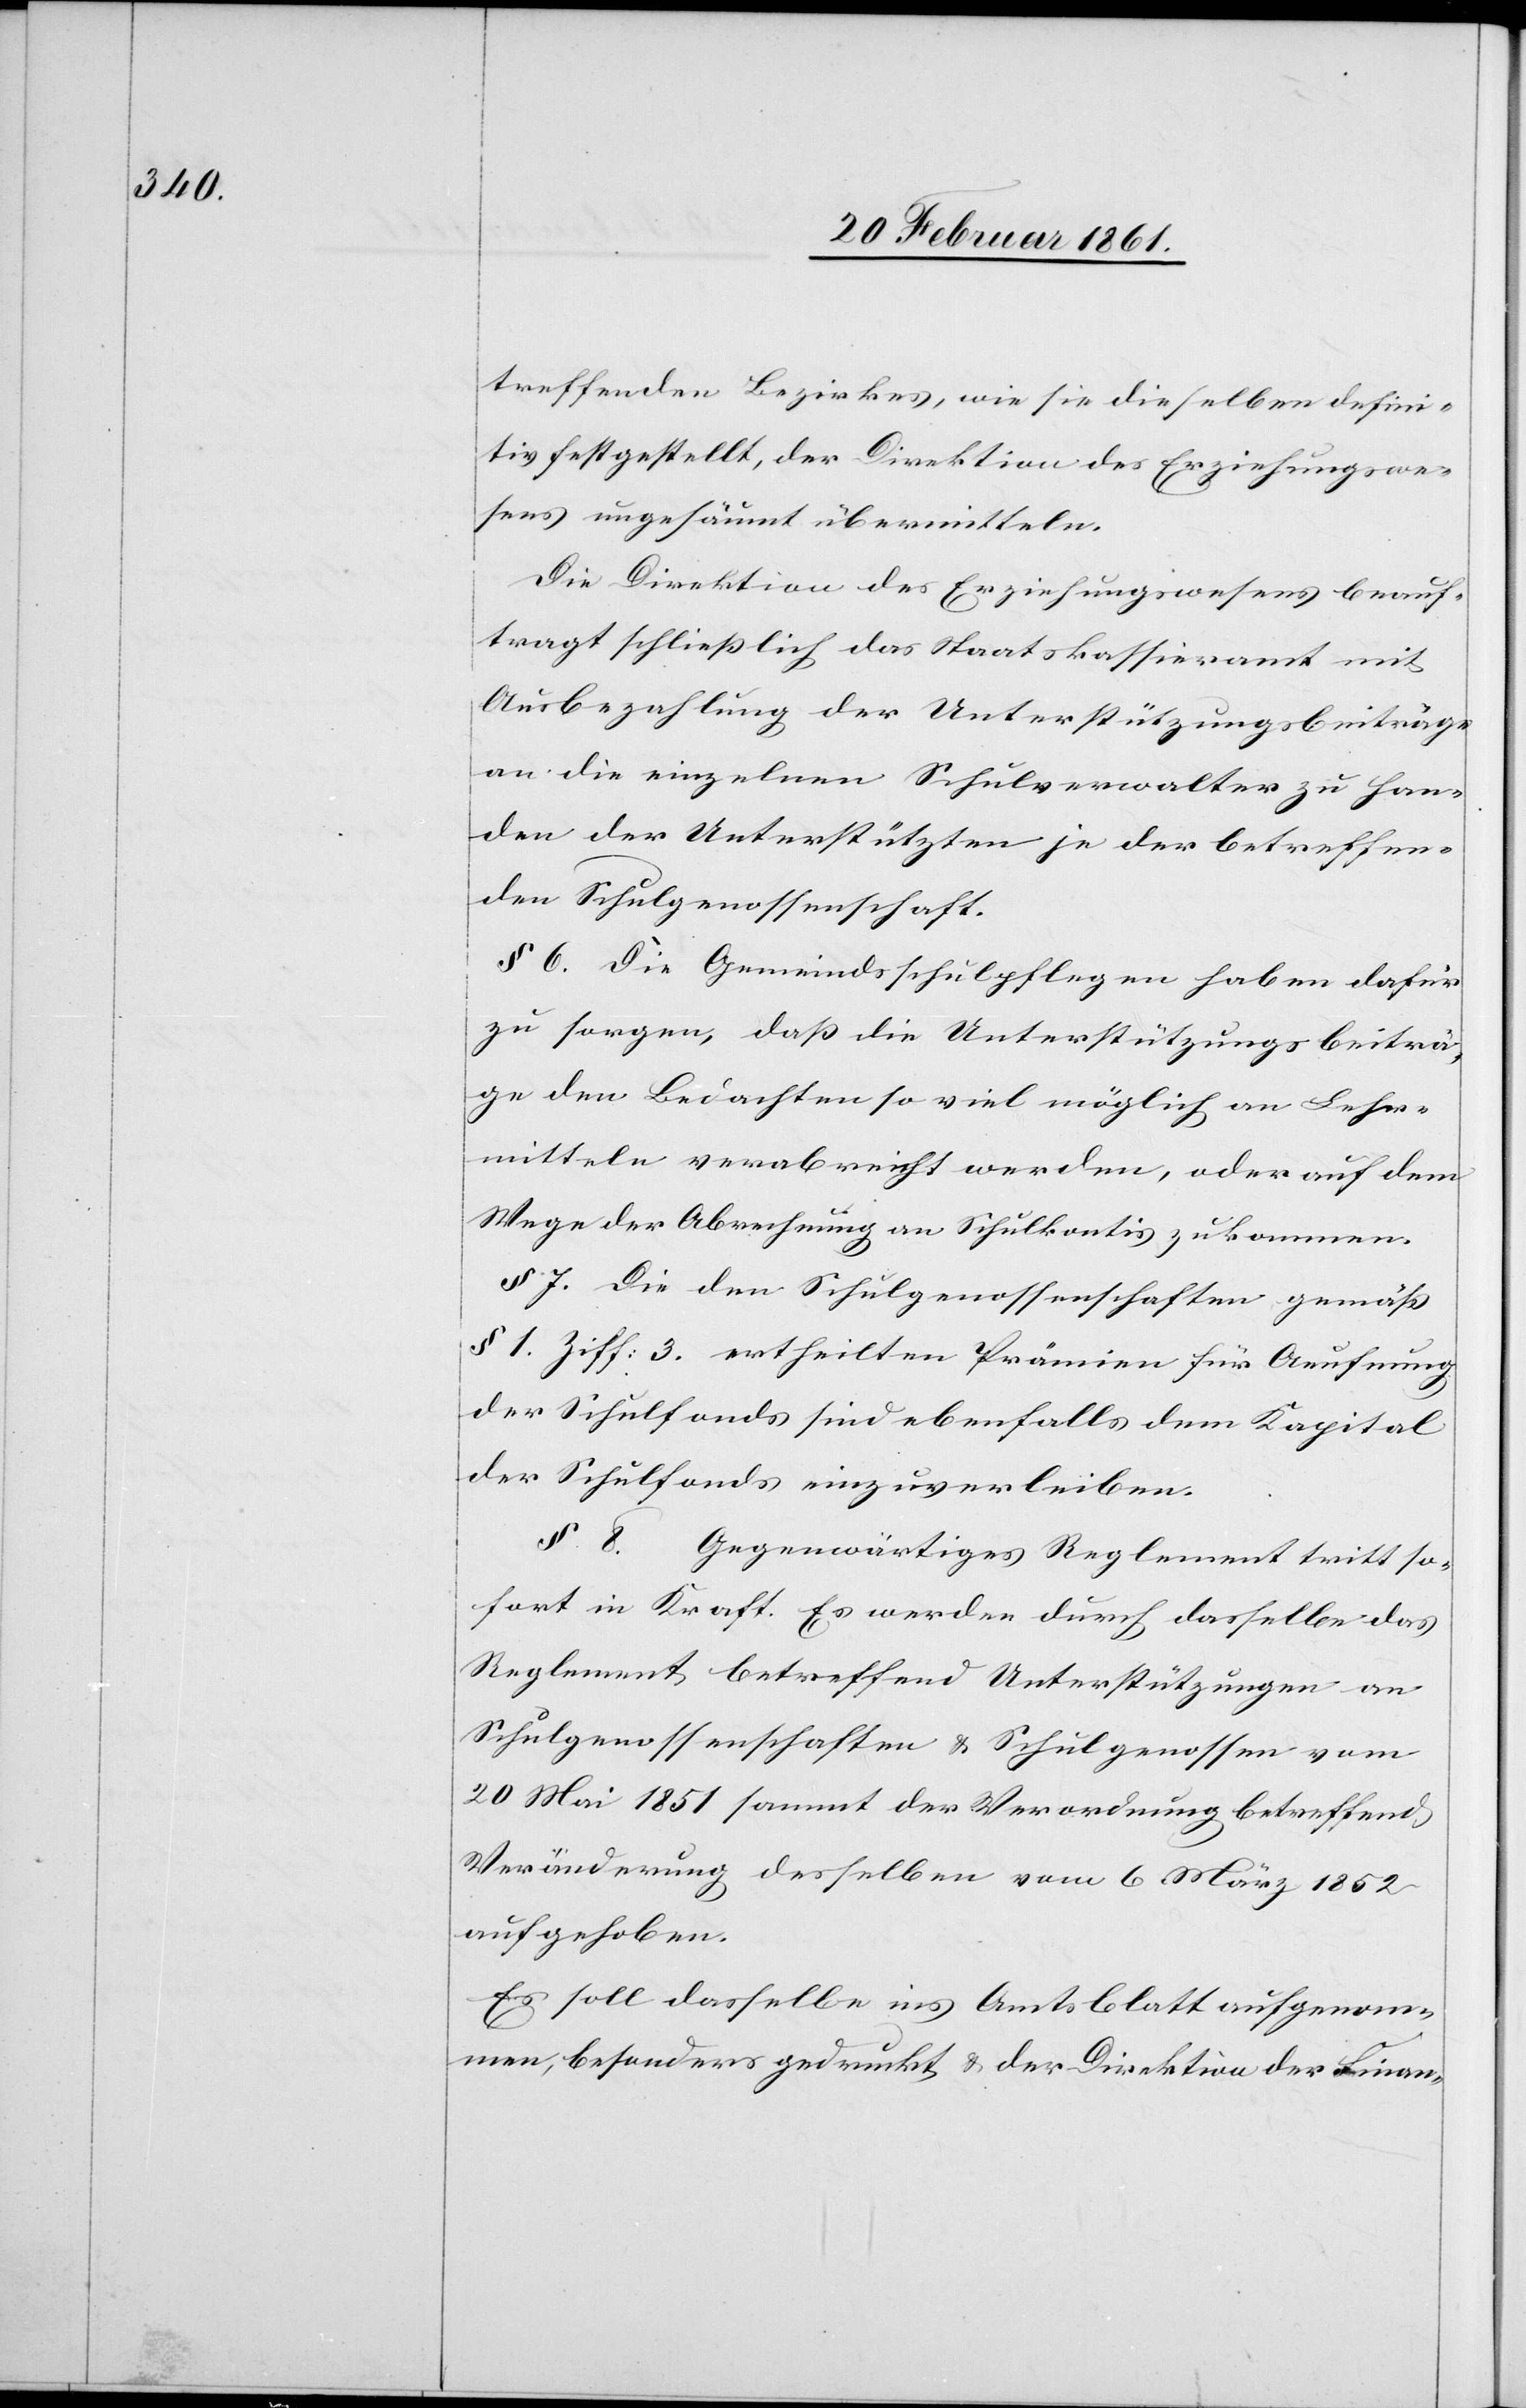
treffenden Bezirkes, wie sie dieselben defini¬
tiv festgestellt, der Direktion des Erziehungswe¬
sens ungesäumt übermitteln.
Die Direktion des Erziehungswesens beauf¬
tragt schliesslich das Staatskassieramte mit
Ausbezahlung der Unterstützungsbeiträge
an die einzelnen Schulverwalter zu Han¬
den der Unterstützten je der betreffen¬
den Schulgenossenschaft.
§ 6. Die Gemeindsschulpflegen haben dafür
zu sorgen, dass die Unterstützungsbeiträ¬
ge den Bedachten so viel möglich an Lehr¬
mitteln verabreicht werden, oder auf dem
Wege der Abrechnung an Schulkontis zukommen.
§ 7. Die den Schulgenossenschaften gemäss
§. 1 Ziff: 3 ertheilten Prämien für Aeufnung
der Schulfonds sind ebenfalls dem Kapital
der Schulfonds einzuverleiben.
§ 8. Gegenwärtiges Reglement tritt so¬
fort in Kraft. Es werden durch dasselbe das
Reglement betreffend Unterstützungen an
Schulgenossenschaften u. Schulgenossen vom
20 Mai 1851 sammt der Verordnung betreffend
Veränderung desselben vom 6. März 1852
aufgehoben.
Es soll dasselbe ins Amtsblatt aufgenom¬
men, besonders gedruckt u. der Direktion der Finan-